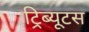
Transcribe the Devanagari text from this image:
ट्रिब्यूटस